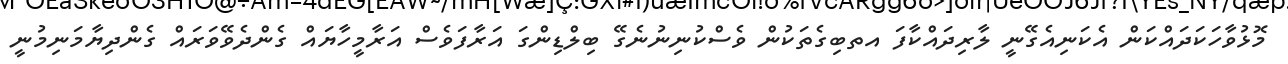
މޮޅުވާހަކަދައްކަން އެކަނިއެގޭނީ ލާރިދައްކާފަ އތބިގެތަކުން ވެސްކުނިނުނެގޭ ބިލްޑިންގަ އަރާފަވެސް އަރާމީހާޔައް ގެންދެވޭވަރައް ގެންދިޔާމަނިމުނީ